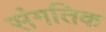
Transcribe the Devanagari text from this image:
संगतिक